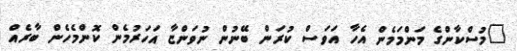
"މުސްކާންގެ މަންމަމެން އެހާ އަވަސް ކުރަން ބޭނުން ނުވަންޏާ އަހަރުމެން ކޮންމެހެން ބާރެއް